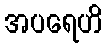
အပရေဟိ